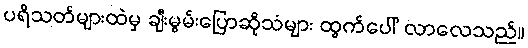
ပရိသတ်များထဲမှ ချီးမွမ်းပြောဆိုသံများ ထွက်ပေါ် လာလေသည်။